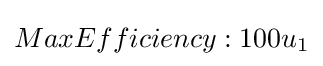
MaxEfficiency:100u_{1}